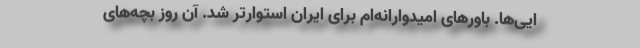
ایی‌ها. باورهای امیدوارانه‌ام برای ایران استوارتر شد. آن روز بچه‌های